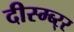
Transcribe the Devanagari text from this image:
दीस्म्ब्र्‍र